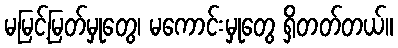
မမြင့်မြတ်မှုတွေ၊ မကောင်းမှုတွေ ရှိတတ်တယ်။